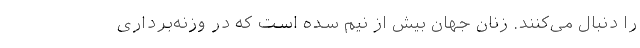
را دنبال می‌کنند. زنان جهان بیش از نیم سده است که در وزنه‌برداری